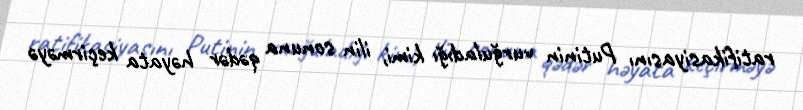
ratifikasiyasını Putinin vurğuladığı kimi, ilin sonuna qədər həyata keçirməyə